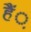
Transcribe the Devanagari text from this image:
हैं़